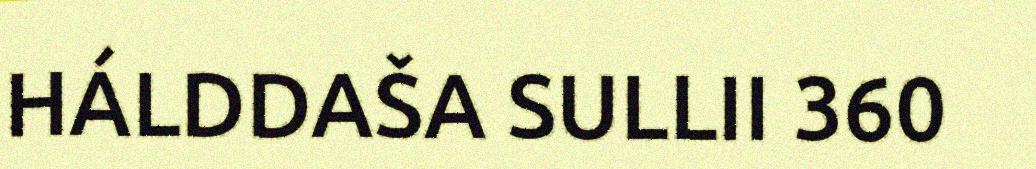
HÁLDDAŠA SULLII 360